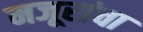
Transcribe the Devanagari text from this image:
मजूरांचा